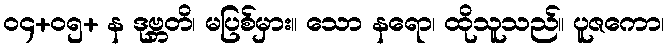
၀၄+၀၅+ န ဒုဗ္ဘတိ၊ မပြစ်မှား။ သော နရော၊ ထိုသူသည်။ ပူဇကော၊